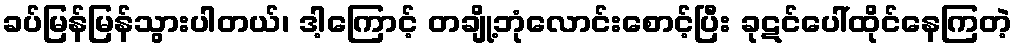
ခပ်မြန်မြန်သွားပါတယ်၊ ဒါ့ကြောင့် တချို့ဘုံလောင်းစောင့်ပြီး ခုဋင်ပေါ်ထိုင်နေကြတဲ့